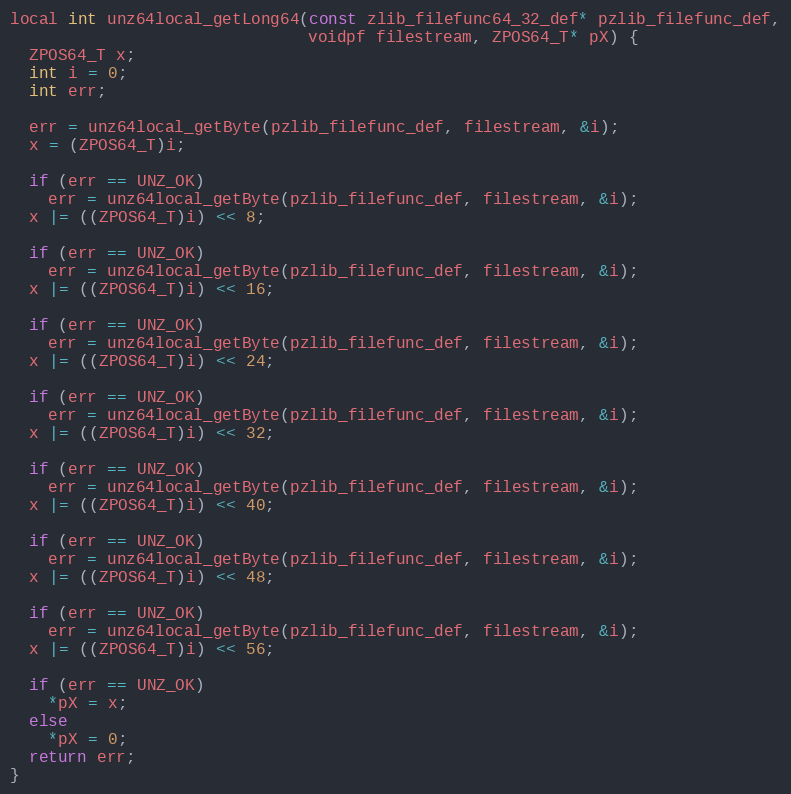
Language: C++
local int unz64local_getLong64(const zlib_filefunc64_32_def* pzlib_filefunc_def,
                               voidpf filestream, ZPOS64_T* pX) {
  ZPOS64_T x;
  int i = 0;
  int err;

  err = unz64local_getByte(pzlib_filefunc_def, filestream, &i);
  x = (ZPOS64_T)i;

  if (err == UNZ_OK)
    err = unz64local_getByte(pzlib_filefunc_def, filestream, &i);
  x |= ((ZPOS64_T)i) << 8;

  if (err == UNZ_OK)
    err = unz64local_getByte(pzlib_filefunc_def, filestream, &i);
  x |= ((ZPOS64_T)i) << 16;

  if (err == UNZ_OK)
    err = unz64local_getByte(pzlib_filefunc_def, filestream, &i);
  x |= ((ZPOS64_T)i) << 24;

  if (err == UNZ_OK)
    err = unz64local_getByte(pzlib_filefunc_def, filestream, &i);
  x |= ((ZPOS64_T)i) << 32;

  if (err == UNZ_OK)
    err = unz64local_getByte(pzlib_filefunc_def, filestream, &i);
  x |= ((ZPOS64_T)i) << 40;

  if (err == UNZ_OK)
    err = unz64local_getByte(pzlib_filefunc_def, filestream, &i);
  x |= ((ZPOS64_T)i) << 48;

  if (err == UNZ_OK)
    err = unz64local_getByte(pzlib_filefunc_def, filestream, &i);
  x |= ((ZPOS64_T)i) << 56;

  if (err == UNZ_OK)
    *pX = x;
  else
    *pX = 0;
  return err;
}